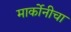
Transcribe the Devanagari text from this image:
मार्कोनीचा